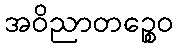
အဝိညာတဉ္စေဝ